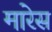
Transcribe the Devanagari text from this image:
मारेस